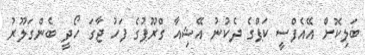
ބަލިކޮށް އޭއެފްސީ ކަޕްގެ ދެކުނު އޭޝިއާ ގްރޫޕުގެ ފަހު ޖާގަ ހޯދީ ބެންގަލޫރު